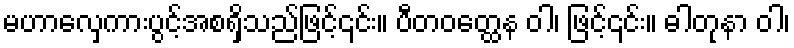
မဟာလှေကားပွင့်အစရှိသည်ဖြင့်၎င်း။ ပီတဝတ္ထေန ဝါ၊ ဖြင့်၎င်း။ ဓါတုနာ ဝါ၊